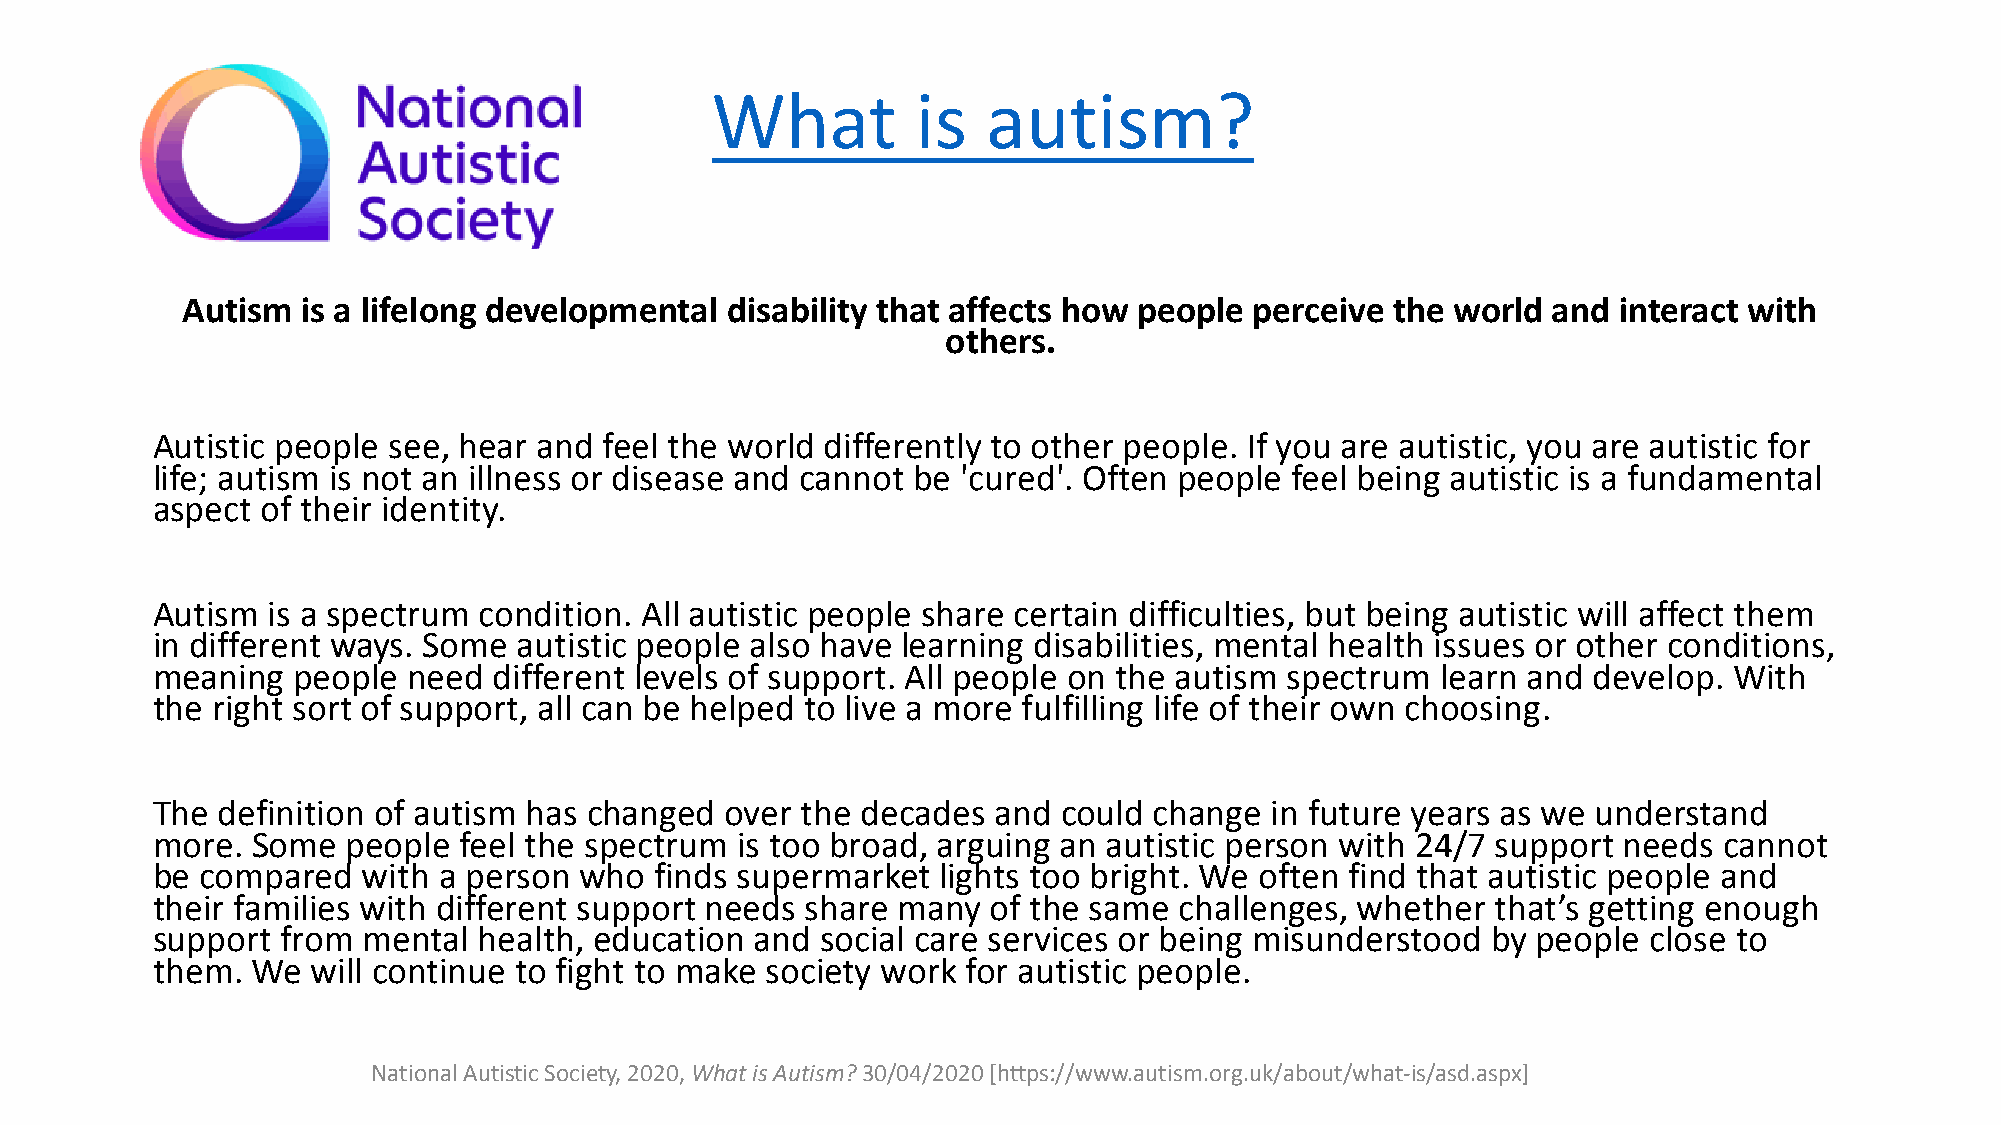
What          is  autism?
 Autism  is a lifelong developmental disability that affects how people perceive the world  and interact with
 others.
 Autistic people see, hear and feel the world differently to other people. If you are autistic, you are autistic for
 life; autism is not an illness or disease and cannot be 'cured'. Often people feel being autistic is a fundamental
 aspect of their identity.
 Autism  is a spectrum condition. All autistic people share certain difficulties, but being autistic will affect them
 in different ways. Some autistic people also have learning disabilities, mental health issues or other conditions,
 meaning  people  need  different levels of support. All people on the autism spectrum learn and develop. With
 the right sort of support, all can be helped to live a more fulfilling life of their own choosing.
 The definition of autism has changed  over the decades  and could change  in future years as we understand
 more.  Some  people feel the spectrum  is too broad, arguing an autistic person with 24/7 support needs cannot
 be compared   with a person who  finds supermarket  lights too bright. We often find that autistic people and
 their families with different support needs share many  of the same challenges, whether  that’s getting enough
 support  from mental  health, education and social care services or being misunderstood  by people close to
 them.  We  will continue to fight to make society work for autistic people.
 National Autistic Society, 2020, What is Autism? 30/04/2020[https://www.autism.org.uk/about/what-is/asd.aspx]